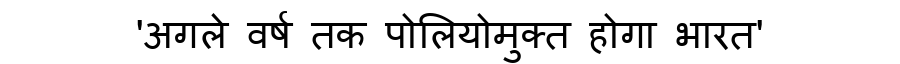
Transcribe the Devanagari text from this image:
'अगले वर्ष तक पोलियोमुक्त होगा भारत'